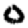
Digit: 0